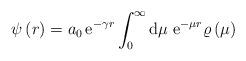
LaTeX: \begin{align*}\psi\left(r\right)=a_0\,{\rm e}^{-\gamma r}\int_0^\infty{\rm d}\mu\;{\rm e}^{-\mu r}\varrho\left(\mu\right)\end{align*}